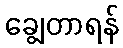
ချွေတာရန်